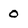
Character: 0